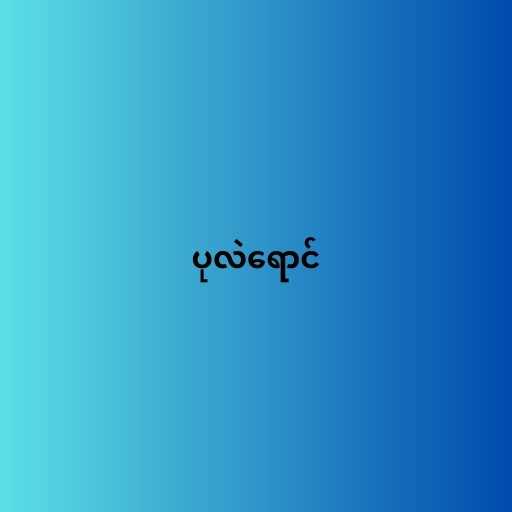
ပုလဲရောင်